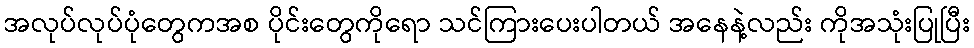
အလုပ်လုပ်ပုံတွေကအစ ပိုင်းတွေကိုရော သင်ကြားပေးပါတယ် အနေနဲ့လည်း ကိုအသုံးပြုပြီး